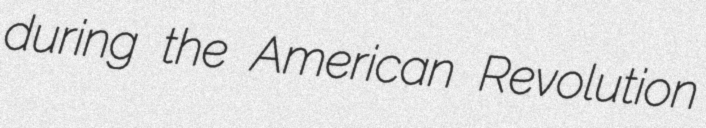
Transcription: during the American Revolution